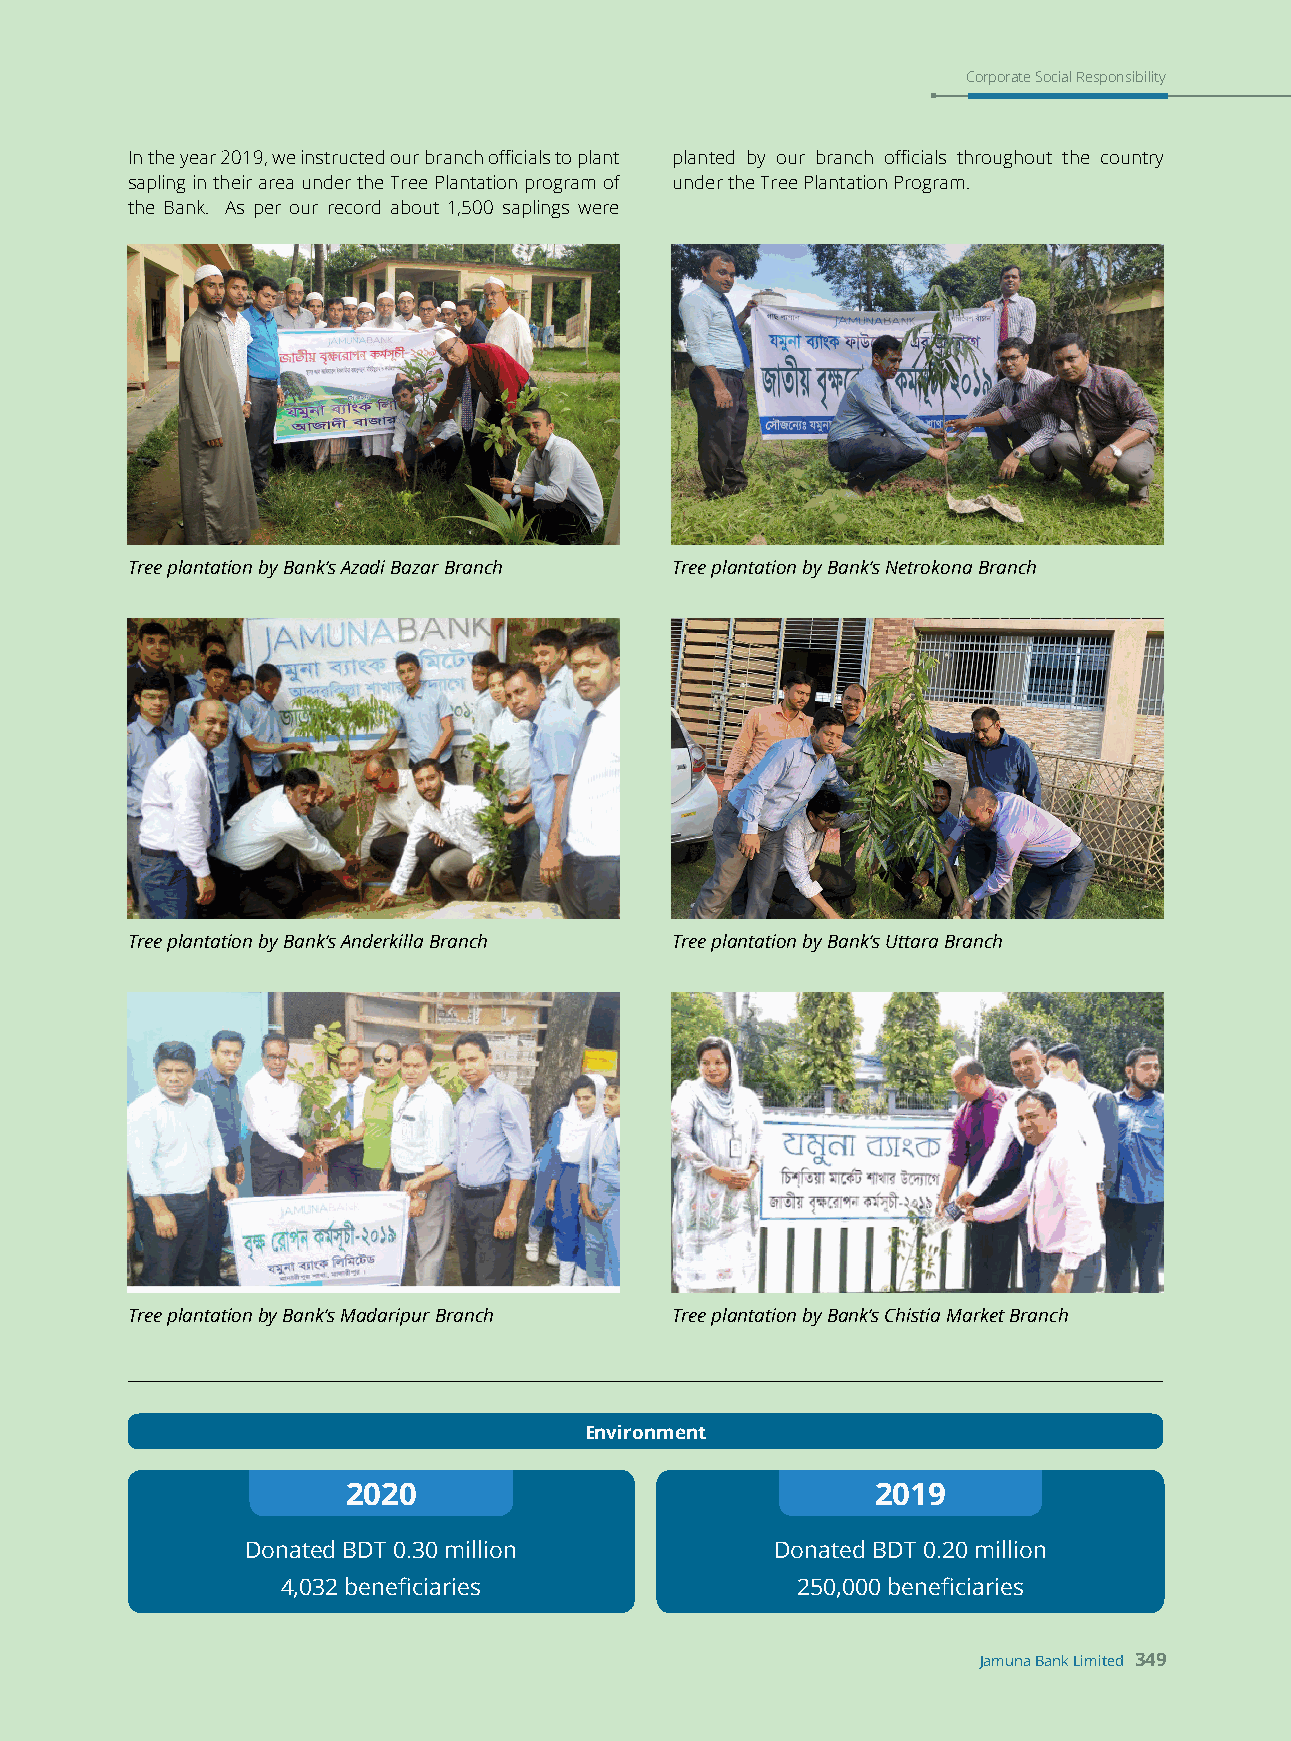
Corporate Social Responsibility
 In the year 2019, we instructed our branch officials to plant planted by our branch officials throughout the country
 sapling in their area under the Tree Plantation program of under the Tree Plantation Program.
 the Bank. As per our record about 1,500 saplings were
 Tree plantation by Bank’s Azadi Bazar Branch Tree plantation by Bank’s Netrokona Branch
 Tree plantation by Bank’s Anderkilla Branch Tree plantation by Bank’s Uttara Branch
 Tree plantation by Bank’s Madaripur Branch Tree plantation by Bank’s Chistia Market Branch
 Environment
 2020                               2019
 Donated BDT 0.30 million           Donated BDT 0.20 million
 4,032 beneficiaries               250,000 beneficiaries
 Jamuna Bank Limited 349